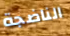
الناضجة